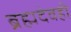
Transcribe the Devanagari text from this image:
ब्रह्मदेवही